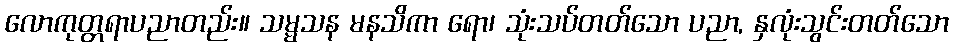
လောကုတ္တရာပညာတည်း။ သမ္မသန မနသိကာ ရော၊ သုံးသပ်တတ်သော ပညာ, နှလုံးသွင်းတတ်သော